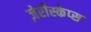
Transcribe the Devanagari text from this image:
ज़ेरीस्‍केप्‍स